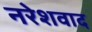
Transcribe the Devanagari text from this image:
नरेशवाद